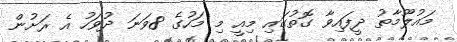
މައުލޫމާތު ދީފައިވާ ގޮތުގައި މިއީ މި މަހުގެ 8ވަނަ ދުވަހު އެ ރަށުން